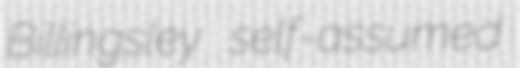
Billingsley self-assumed